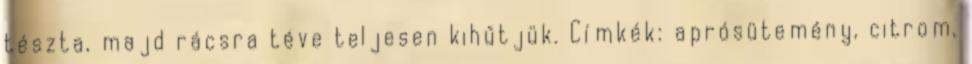
tészta, majd rácsra téve teljesen kihűtjük. Címkék: aprósütemény, citrom,